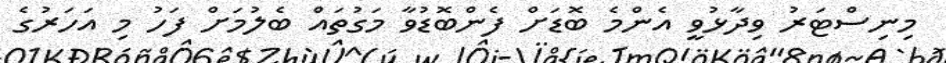
މިނިސްޓަރު ވިދާޅުވީ އެންމެ ބޮޑަށް ފެންބޮޑުވާ މަގުތައް ބެލުމަށް ފަހު މި އަހަރުގެ